Report on the administration of the Government Cinchona Department 1892-98
Year: 1892
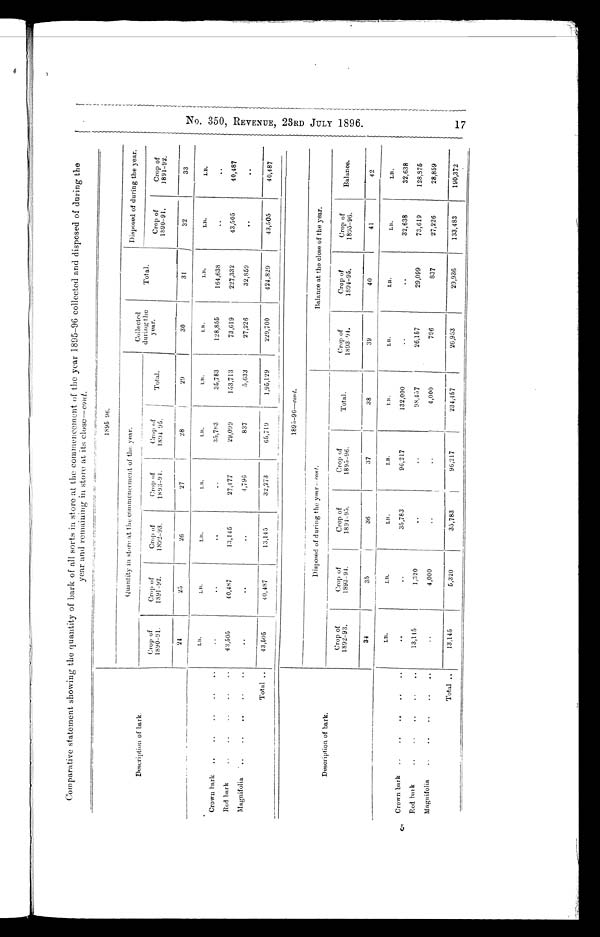
Comparative statement showing the quantity of bark of all sorts in store at the commencement
the year 1895-96 collected and disposed of during the
year and remaining in store at its close-cont.
Description of bark.
1895 96.
Quantity in store at the commencement of the year.
Collected
during the
year.
Disposed of during the year.
Crop of
1890-91.
Crop of
1891-92.
Crop of
1892-93.
Crop of
1893-94.
Crop of
1894 -95.
Total.
Total.
Crop of
1890-91.
Crop of
1891-92.
24
25
26
27
28
29
30
31
32
33
LB.
LB.
L B .
L B .
LB.
LB.
LB.
LB.
LB.
LB.
Crown bark
..
..
..
. •
• •
..
..
..
..
35,783
35,783
128,855
164,638
. .
..
Bed bark..
..
..
• •
40,487
13,145
27,477
29,099
153,713
73,619
227,332
43,505
40,487
Magnifolia
..
..
..
..
..
..
..
. . 4,796
837
5,633
27,226
32,859
• •
• •
Total ..
43,505
4 0 , 4 8 7
13,145
3 2 , 2 7 3
65,719
1,95,129
229,700
424,829
43,505
40,487
Description of bark.
1895-96-cont.
Disposed of during the year-cont.
Balance at the close of the year.
Crop of
1892-93.
Crop of
1893-94.
Crop of
1894-95.
Crop of
1895-96.
Total.
Crop of
1893-94.
Crop of
1894-95.
Crop of
1895-96.
Balance.
34
35
36
37
38
39
40
41
42
LB.
LB.
LB.
L B . LB.
LB.
LB.
LB.
LB.
Crown bark
..
..
..
..
..
. .
..
35,783
96,217
132,000
..
..•
32,638
32,638
Red bark..
..
..
..
..
1,320
..
..
98,457
26,157
29,099
73,619
128,876
Magnifolia
..
..
..
..
..
4,000
..
..
4,000
796
837
27,226
28,859
Total• •
13,145
5,320
35,783
96,217
234,457
26,953
29,936
133,483
190,372
N o . 3 5 0 , R E V E N U E , 2 3 R D J U L Y 1 8 9 6 .